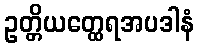
ဥတ္တိယတ္ထေရအပဒါနံ